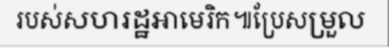
របស់សហរដ្ឋអាមេរិក៕ប្រែសម្រួល